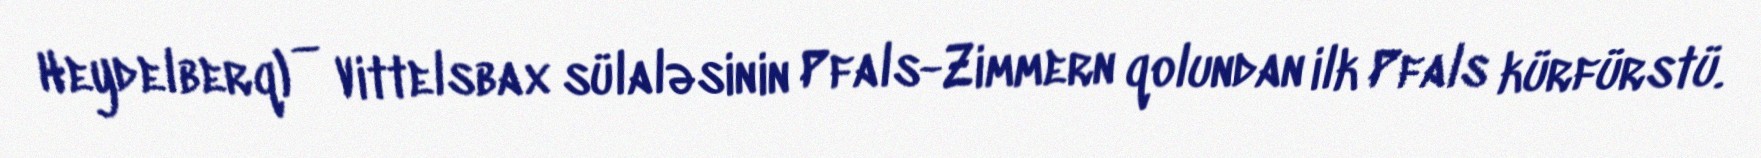
Heydelberq) — Vittelsbax sülaləsinin Pfals-Zimmern qolundan ilk Pfals kürfürstü.